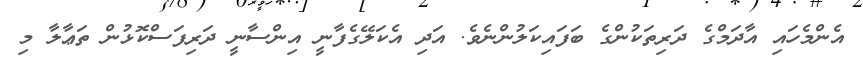
އެންމެހައި އާދަމްގެ ދަރިތަކުންގެ ބަފައިކަލުންނެވެ. އަދި އެކަލޭގެފާނީ އިންސާނީ ދަރިފަސްކޮޅުން ތަޢާލާ މި